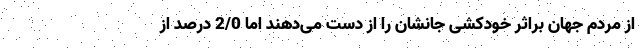
از مردم جهان براثر خودکشی جانشان را از دست می‌دهند اما 2/0 درصد از